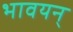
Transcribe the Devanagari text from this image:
भावयन्